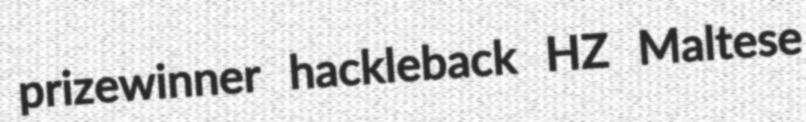
prizewinner hackleback HZ Maltese